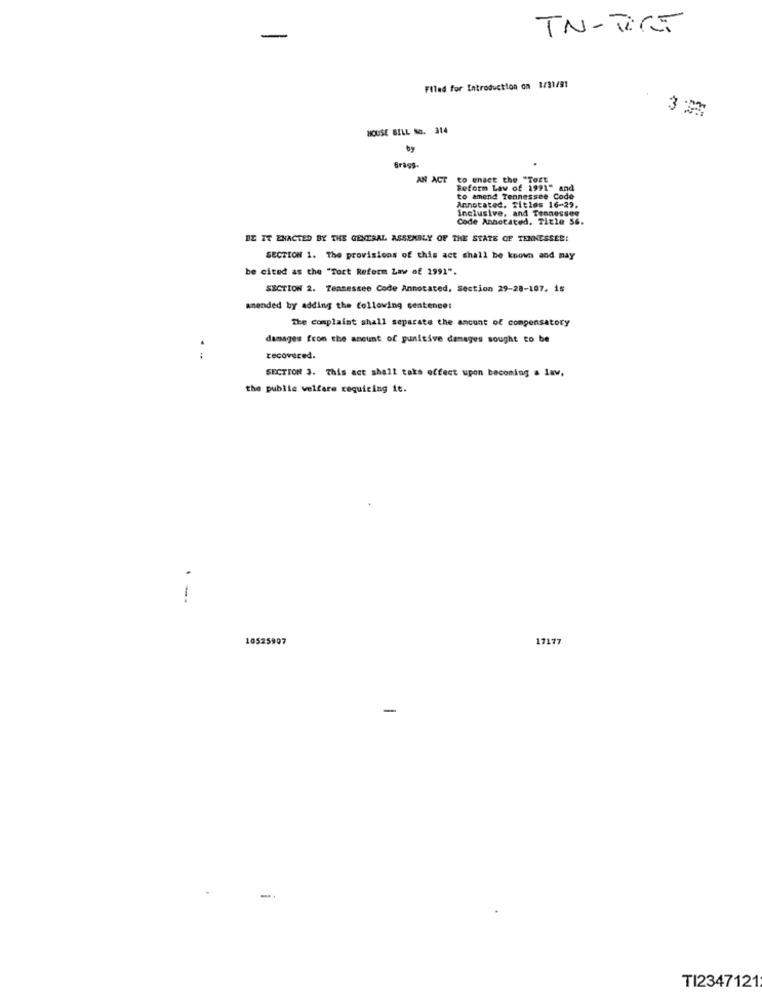
TN-TORT
Filed for Introduction on 1/31/91
3 m
HOUSE BILL NO. 314
by
Grass.
AN ACT to enact the "Tort
Reform Lav of 1991" and
to amend Tennessee Code
Annotated. Titles 16-29.
inclusive, and Tennessee
Code Annotated. Title 56.
BE IT ENACTED BY THE GENERAL ASSEMBLY OF THE STATE OF TENNESSEE!
SECTION 1. The provisions of this act shall be known and may
be cited as the "Tort Reform Law of 2991".
SECTION 2. Tennessee Code Annotated, Section 29-28-107. is
amended by adding the following sentence:
The complaint shall separate the amount of compensatory
damages from the amount of punitive damages sought to be
:
recovered.
SECTION 3. This act shall taks effect upon becoming a lav.
the pubile welfare requiring it.
1
10525907
17177
-
-.
TI2347121